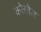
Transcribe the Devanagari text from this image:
कोरतेज़